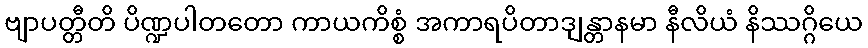
ဗျာပတ္တီတိ ပိဏ္ဍပါတတော ကာယကိစ္စံ အကာရပိတာဒျန္တာနမာ နီလိယံ နိဿဂ္ဂိယေ